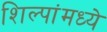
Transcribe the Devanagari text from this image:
शिल्पांमध्ये